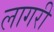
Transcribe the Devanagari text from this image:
लागरी